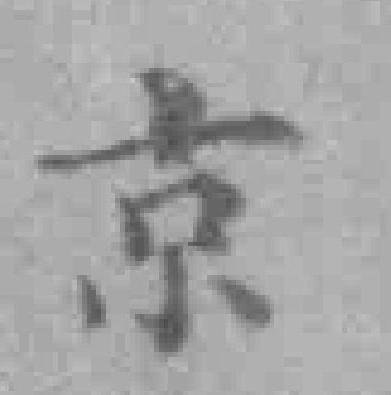
京